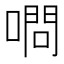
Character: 𠼋